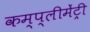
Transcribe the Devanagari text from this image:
कम्प्लीमेंट्री